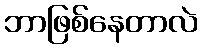
ဘာဖြစ်နေတာလဲ